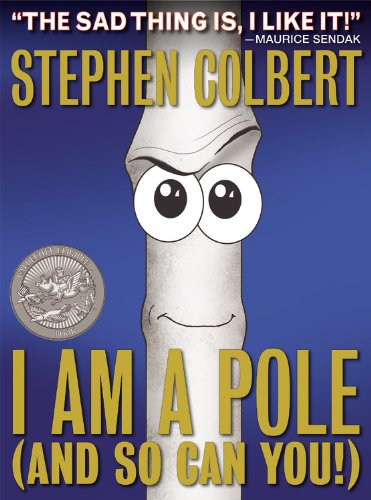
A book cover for I Am A Pole (And So Can You!); Stephen Colbert; Humor & Entertainment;